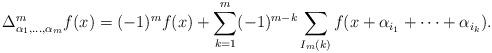
LaTeX: \begin{align*}\Delta^m_{\alpha_1,\ldots, \alpha_m} f(x)= (-1)^mf(x)+\sum_{k=1}^m (-1)^{m-k}\sum_{I_m(k)}f(x+\alpha_{i_1}+\cdots +\alpha_{i_k}).\end{align*}